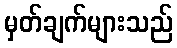
မှတ်ချက်များသည်